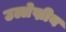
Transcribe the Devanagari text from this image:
उल्लेख्नीय